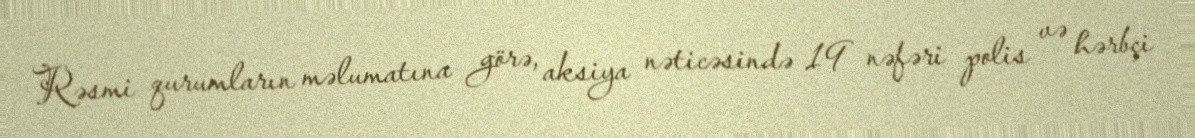
Rəsmi qurumların məlumatına görə, aksiya nəticəsində 19 nəfəri polis və hərbçi